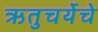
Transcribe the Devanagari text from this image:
ऋतुचर्येचे